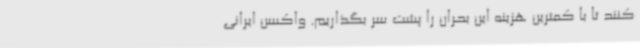
کنند تا با کمترین هزینه این بحران را پشت سر بگذاریم. واکسن ایرانی